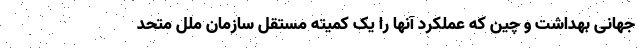
جهانی بهداشت و چین که عملکرد آنها را یک کمیته مستقل سازمان ملل متحد